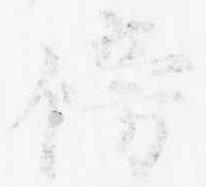
傍